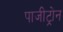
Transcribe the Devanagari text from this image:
पाजीट्रोन